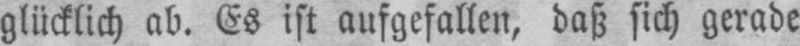
glücklich ab. Es ist aufgefallen, daß sich gerade